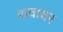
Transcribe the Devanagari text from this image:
शवावर